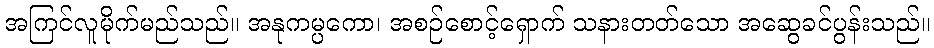
အကြင်လူမိုက်မည်သည်။ အနုကမ္ပကော၊ အစဉ်စောင့်ရှောက် သနားတတ်သော အဆွေခင်ပွန်းသည်။